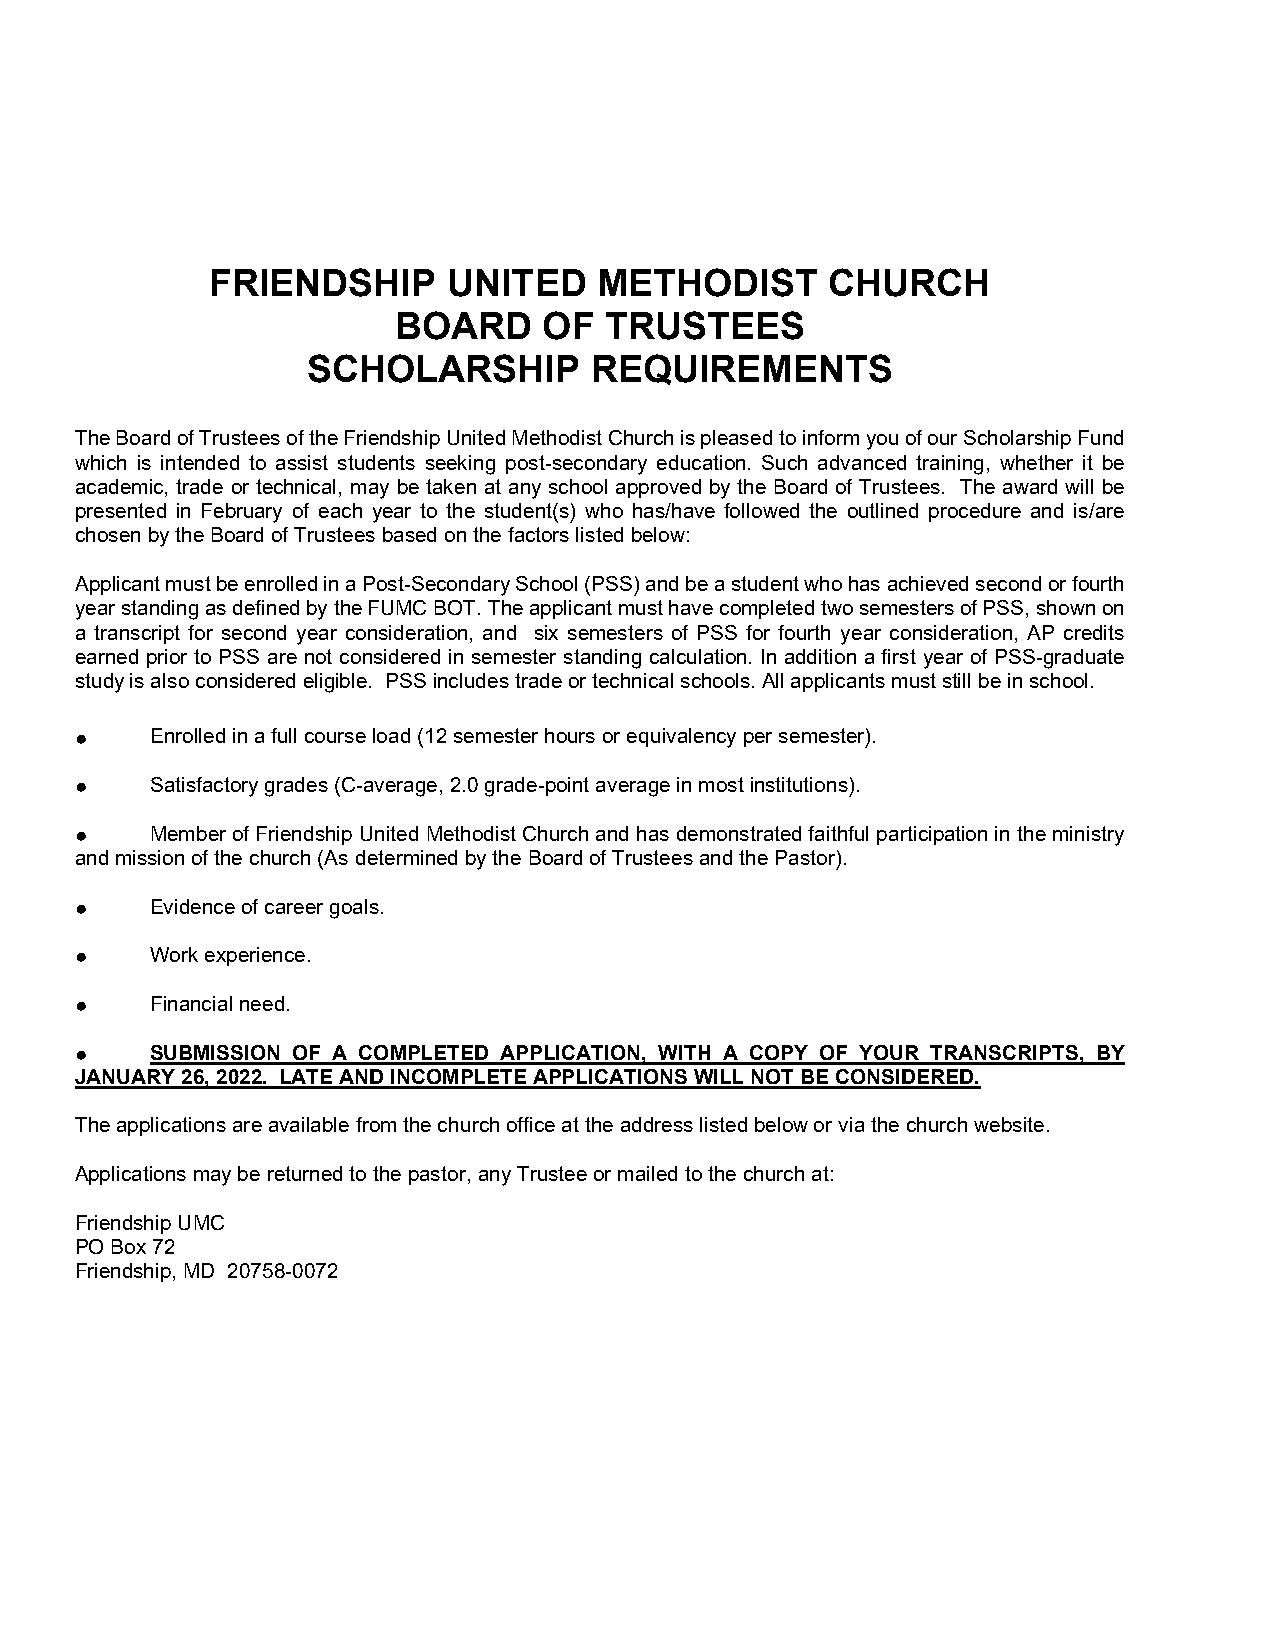
FRIENDSHIP      UNITED    METHODIST      CHURCH
 BOARD     OF  TRUSTEES
 SCHOLARSHIP        REQUIREMENTS
 The Board of Trustees of the Friendship United Methodist Church is pleased to inform you of our Scholarship Fund
 which is intended to assist students seeking post-secondary education. Such advanced training, whether it be
 academic, trade or technical, may be taken at any school approved by the Board of Trustees. The award will be
 presented in February of each year to the student(s) who has/have followed the outlined procedure and is/are
 chosen by the Board of Trustees based on the factors listed below:
 Applicant must be enrolled in a Post-Secondary School (PSS) and be a student who has achieved second or fourth
 year standing as defined by the FUMC BOT. The applicant must have completed two semesters of PSS, shown on
 a transcript for second year consideration, and six semesters of PSS for fourth year consideration, AP credits
 earned prior to PSS are not considered in semester standing calculation. In addition a first year of PSS-graduate
 study is also considered eligible. PSS includes trade or technical schools. All applicants must still be in school.
 ●    Enrolled in a full course load (12 semester hours or equivalency per semester).
 ●    Satisfactory grades (C-average, 2.0 grade-point average in most institutions).
 ●    Member of Friendship United Methodist Church and has demonstrated faithful participation in the ministry
 and mission of the church (As determined by the Board of Trustees and the Pastor).
 ●    Evidence of career goals.
 ●    Work experience.
 ●    Financial need.
 ●    SUBMISSION OF A COMPLETED APPLICATION, WITH A COPY OF YOUR TRANSCRIPTS, BY
 JANUARY 26, 2022. LATE AND INCOMPLETE APPLICATIONS WILL NOT BE CONSIDERED.
 The applications are available from the church office at the address listed below or via the church website.
 Applications may be returned to the pastor, any Trustee or mailed to the church at:
 Friendship UMC
 PO Box 72
 Friendship, MD 20758-0072